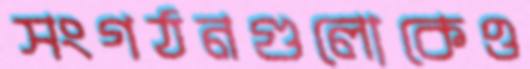
সংগঠনগুলোকেও